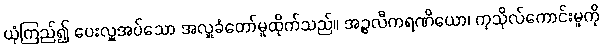
ယုံကြည်၍ ပေးလှူအပ်သော အလှူခံတော်မူထိုက်သည်။ အဉ္ဇလီကရဏိယော၊ ကုသိုလ်ကောင်းမူကို